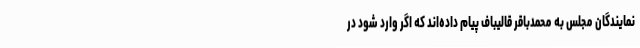
نمایندگان مجلس به محمدباقر قالیباف پیام داده‌اند که اگر وارد شود در